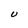
Character: U